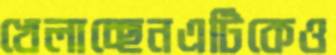
খেলাচ্ছেনএটিকেও